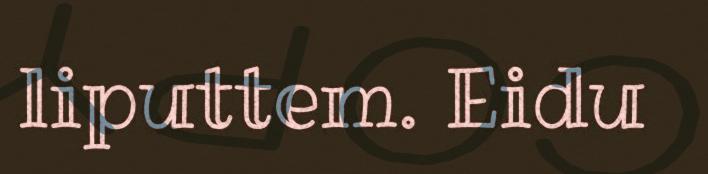
liputtem. Eidu